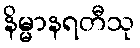
နိမ္မာနရတီသု